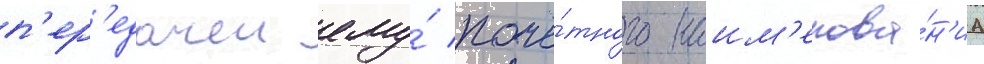
п'ер'едачеи ему́ почё́тного наим'енова́н'иа